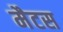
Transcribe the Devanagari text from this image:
मैटस